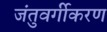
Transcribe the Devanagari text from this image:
जंतुवर्गीकरण